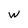
Character: w